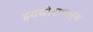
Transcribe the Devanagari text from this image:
हयग्रीवाचार्य